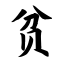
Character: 贫